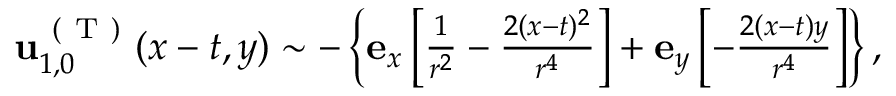
\begin{array} { r } { \mathbf { u } _ { 1 , 0 } ^ { \mathrm { ~ ( ~ T ~ ) ~ } } ( x - t , y ) \sim - \left\{ \mathbf { e } _ { x } \left[ \frac { 1 } { r ^ { 2 } } - \frac { 2 ( x - t ) ^ { 2 } } { r ^ { 4 } } \right] + \mathbf { e } _ { y } \left[ - \frac { 2 ( x - t ) y } { r ^ { 4 } } \right] \right\} , } \end{array}